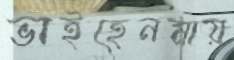
ভাইহেনমায়